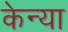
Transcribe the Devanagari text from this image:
केन्‍या